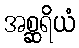
အစ္ဆရိယံ